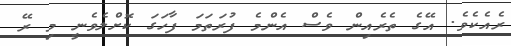
ރެއެކެވެ. އޭގެ ތެރެއިން ވެސް އެންމެ ފުރަތަމަ ފާހަގަ ކޮށްލެވެނީ މި ރޭ